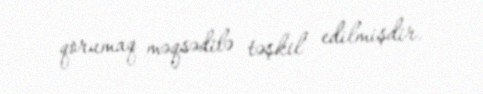
qorumaq məqsədilə təşkil edilmişdir.